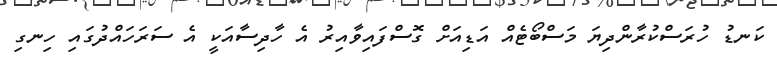
ކަނޑު ހުރަސްކުރާންދިޔަ މަސްބޯޓެއް އަޑިއަށް ގޮސްފައިވާއިރު އެ ހާދިސާއަކީ އެ ސަރަހައްދުގައި ހިނގި